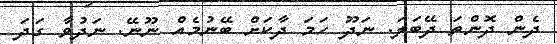
ދެން ދޮންތަ ދޭބަލަ. ނަދޫ ހަމަ ދާކަށް ބޭނުމެއް ނޫނޭ. ނަދުވާ ގަދަ